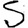
Digit: 5